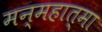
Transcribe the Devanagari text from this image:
मन्महात्मा